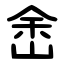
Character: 峹